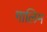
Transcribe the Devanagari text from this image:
गालिम